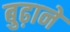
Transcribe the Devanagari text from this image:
बुढ़ाने